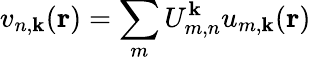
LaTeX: v_{n,\mathbf{k}}(\mathbf{r})=\sum_{m}U_{m,n}^{\mathbf{k}}u_{m,\mathbf{k}}(\mathbf{r})